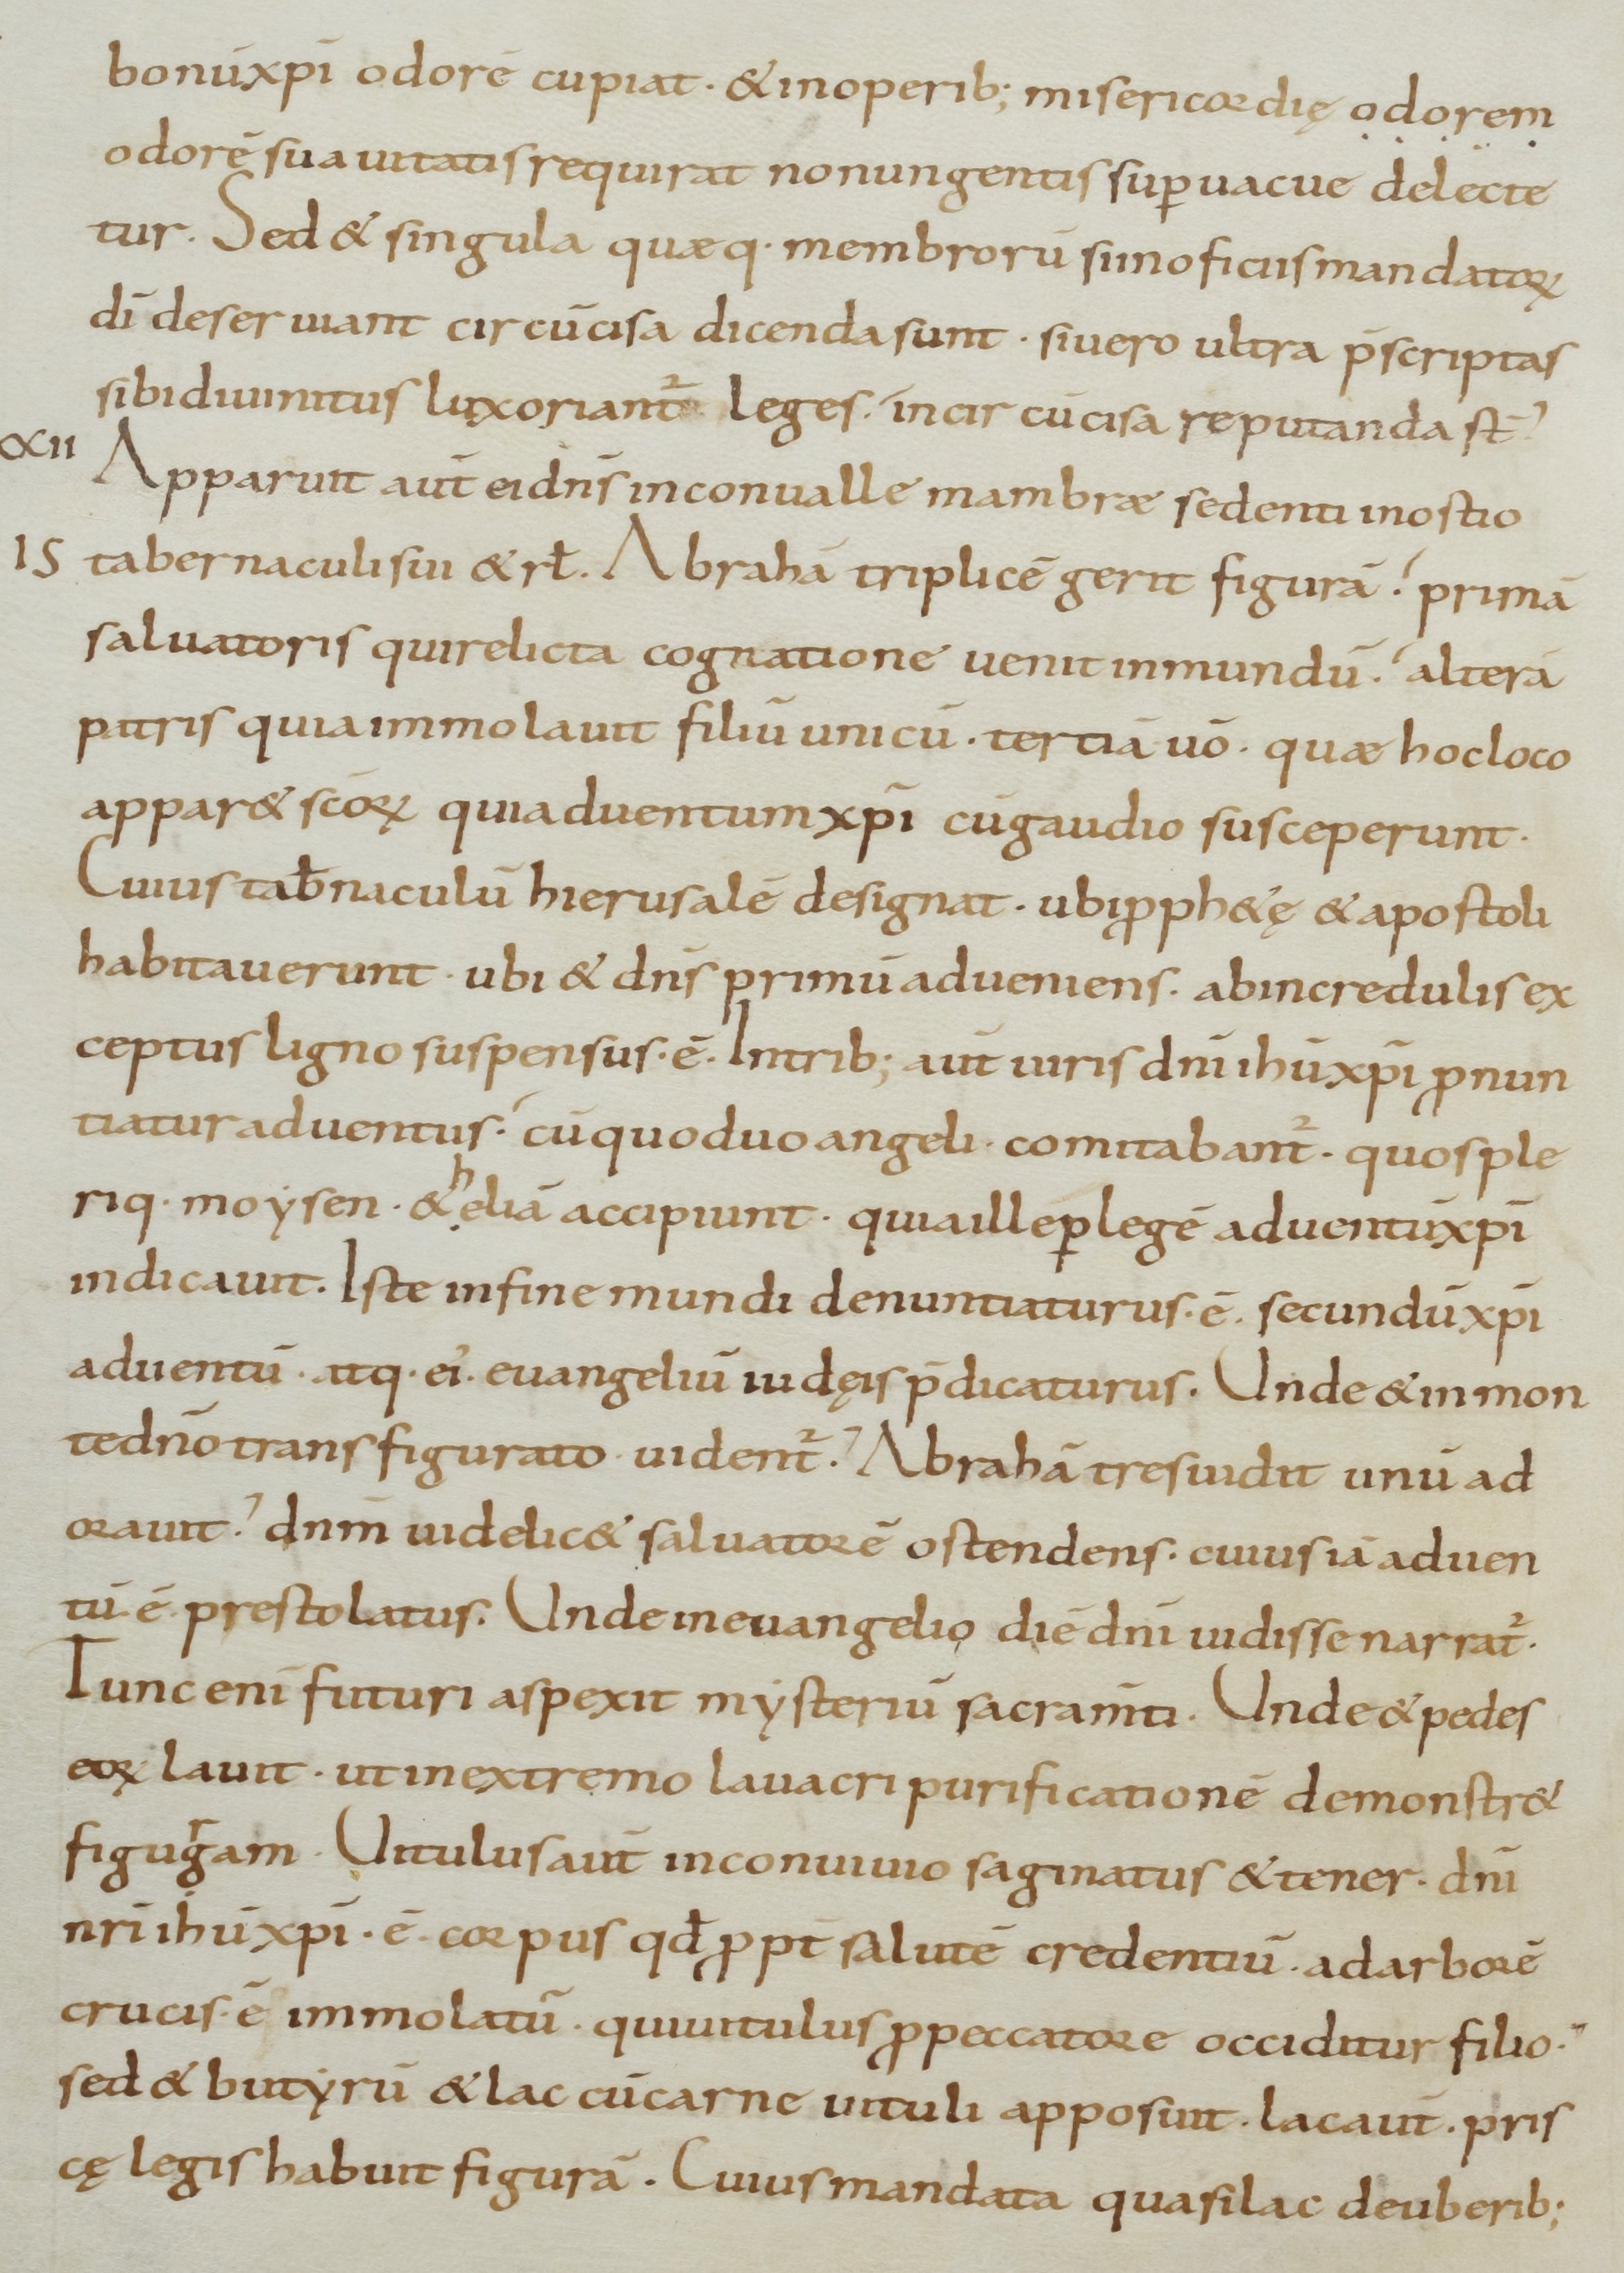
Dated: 800–899